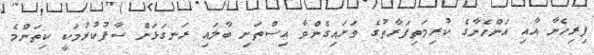
ފިރިހެނާ އާއި އަންހެނާގެ ކުރިމަތިފަރާތުގެ ވަށައިގެންވާ އިސްތަށި ބާލައި ރަނގަޅަށް ސާފުކުރުމަކީ ކިތަންމެ